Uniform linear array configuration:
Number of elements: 16
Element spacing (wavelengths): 0.75
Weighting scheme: hann
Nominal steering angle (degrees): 60
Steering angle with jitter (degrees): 61.4971
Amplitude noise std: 0.05
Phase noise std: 0.05

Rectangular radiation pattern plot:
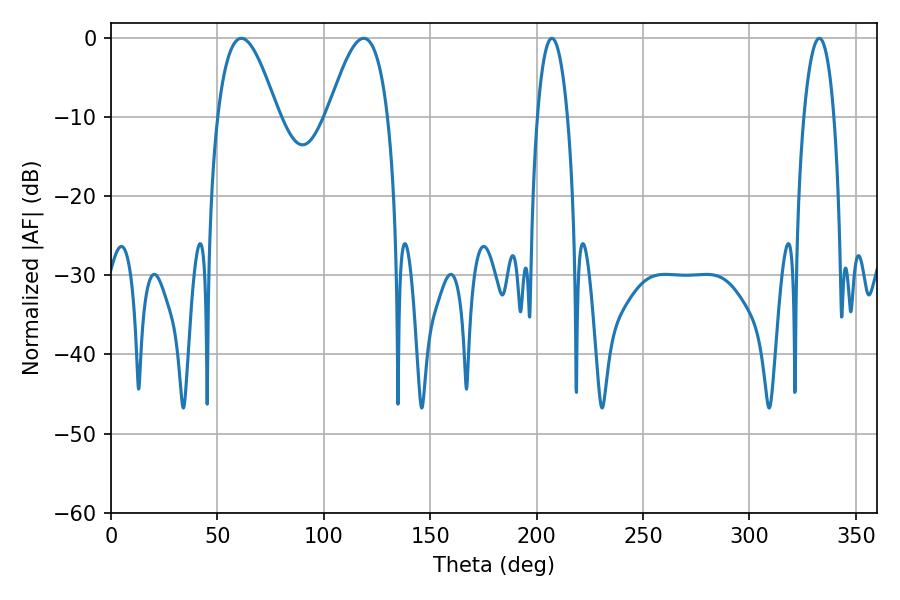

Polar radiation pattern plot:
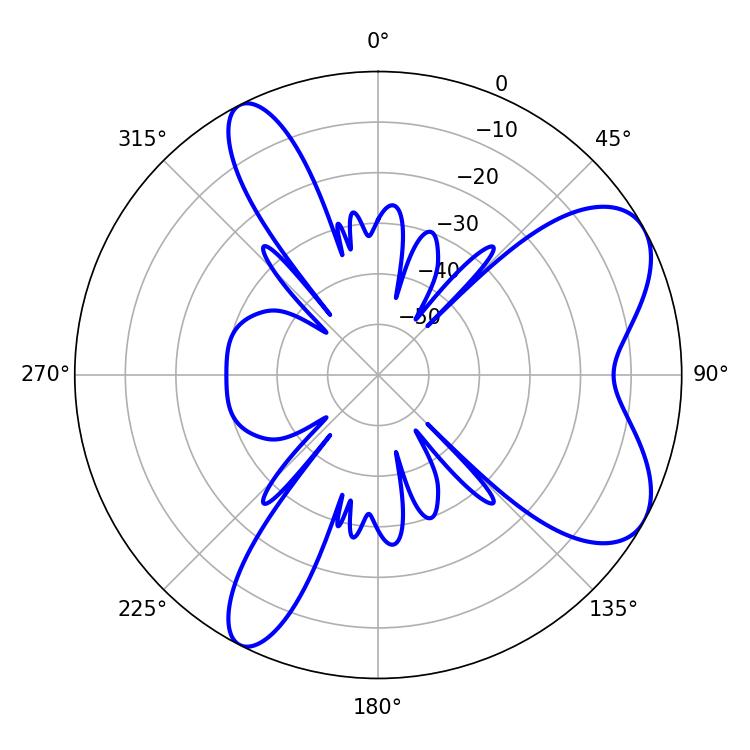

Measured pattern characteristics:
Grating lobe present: TRUE
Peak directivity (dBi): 7.049
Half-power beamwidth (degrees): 7.92
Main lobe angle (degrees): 332.82